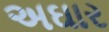
અઘાર